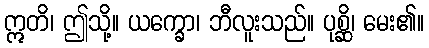
ဣတိ၊ ဤသို့။ ယက္ခော၊ ဘီလူးသည်။ ပုစ္ဆိ၊ မေး၏။